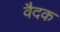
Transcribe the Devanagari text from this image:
वैदक